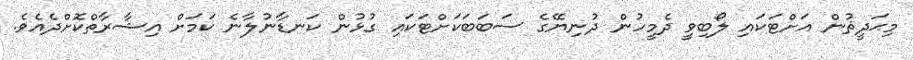
މިޙަދީޘުން އަށްޓަކައި ލޯބިވީ ދެމީހުން ދުނިޔޭގެ ސަބަބަކަށްޓަކައި ގުޅުން ކަނޑާނުލާނެ ކަމަށް އިޝާރާތްކޮށްދެއެވެ.